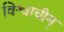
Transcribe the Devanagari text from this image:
विश्वाचीम्